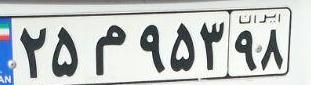
۲۵م۹۵۳۹۸